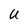
Character: U